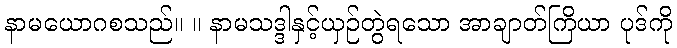
နာမယောဂစသည်။ ။ နာမသဒ္ဒါနှင့်ယှဉ်တွဲရသော အာချာတ်ကြိယာ ပုဒ်ကို